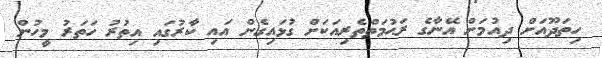
ހިތަދޫއަށް ދިއުމަށް އޭނާގެ ރަޙުމަތްތެރިއަކަށް ގުޅައިގެން އައި ކާރުގައި އިތުރު ހަތަރު މީހުން